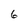
Character: 6